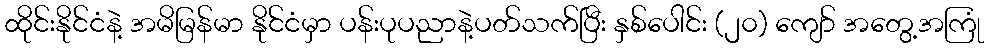
ထိုင်းနိုင်ငံနဲ့ အမိမြန်မာ နိုင်ငံမှာ ပန်းပုပညာနဲ့ပတ်သက်ပြီး နှစ်ပေါင်း (၂၀) ကျော် အတွေ့အကြုံ